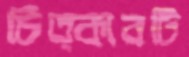
চিত্কারটি